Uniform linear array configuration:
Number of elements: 32
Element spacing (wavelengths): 0.75
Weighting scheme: cosine
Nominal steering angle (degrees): -45
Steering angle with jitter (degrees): -44.337
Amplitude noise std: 0.05
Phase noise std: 0.05

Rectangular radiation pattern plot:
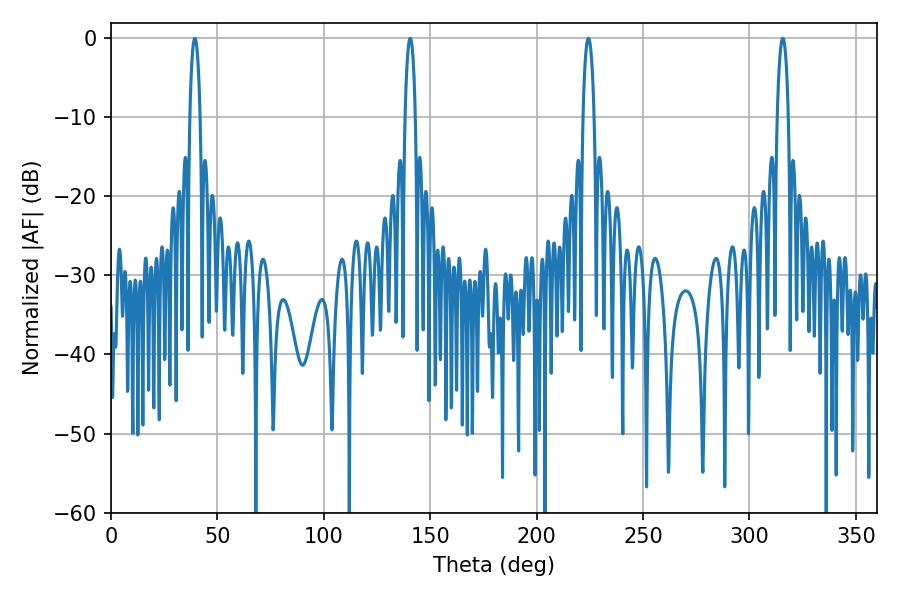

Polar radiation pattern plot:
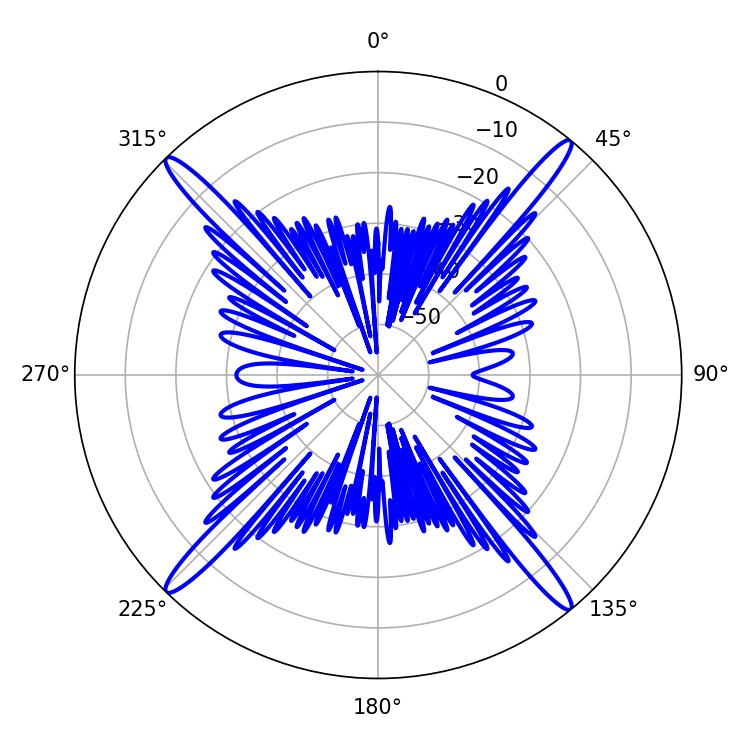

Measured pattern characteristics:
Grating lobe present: TRUE
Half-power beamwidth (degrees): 2.7
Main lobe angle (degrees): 140.58